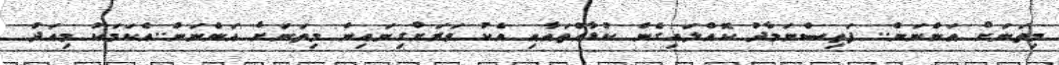
މިތަނަށް އަންނަން.. ފަތިސްނަމާދު ކޮއްލައިގެން ކުޑާއްތައާއި އެކު ވަރަށްގިނައިން މިތަނަށް އަންނަން..އެކަމަކު މިއަދު